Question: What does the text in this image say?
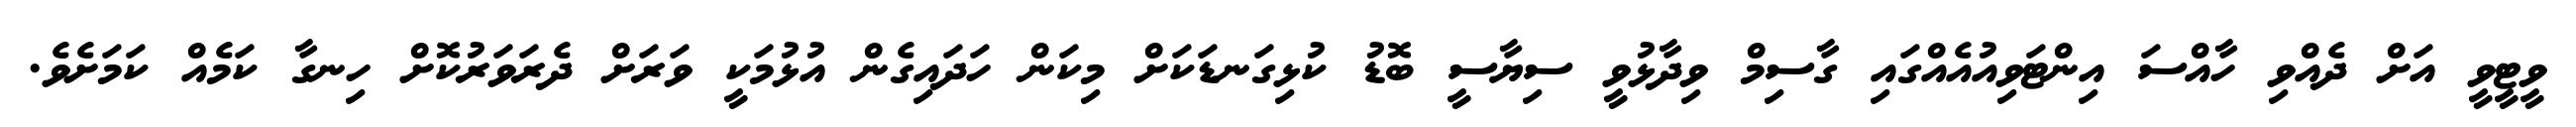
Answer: ވީޓީވީ އަށް ދެއްވި ހާއްސަ އިންޓަވިއުއެއްގައި ގާސިމް ވިދާޅުވީ ސިޔާސީ ބޮޑު ކުޅިގަނޑަކަށް މިކަން ހަދައިގެން އުޅުމަކީ ވަރަށް ދެރަވަރުކޮށް ހިނގާ ކަމެއް ކަމަށެވެ.